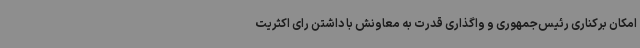
امکان برکناری رئیس‌جمهوری و واگذاری قدرت به معاونش با داشتن رای اکثریت